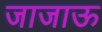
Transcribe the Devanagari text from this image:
जाजाऊ